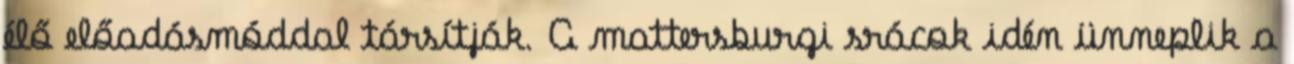
élő előadásmóddal társítják. A mattersburgi srácok idén ünneplik a